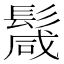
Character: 𩮏